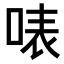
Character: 𠶓